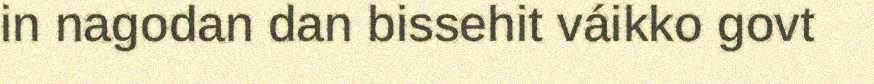
in nagodan dan bissehit váikko govt